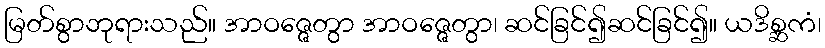
မြတ်စွာဘုရားသည်။ အာဝဇ္ဇေတွာ အာဝဇ္ဇေတွာ၊ ဆင်ခြင်၍ဆင်ခြင်၍။ ယဒိစ္ဆကံ၊